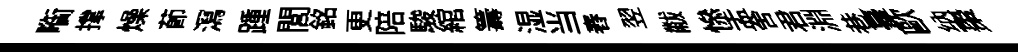
㗸撑燥莭㵼踵閭銘更陪駿綰籌湿当舂翌黻𢡖盂舍君淵巷臺歐纳棗